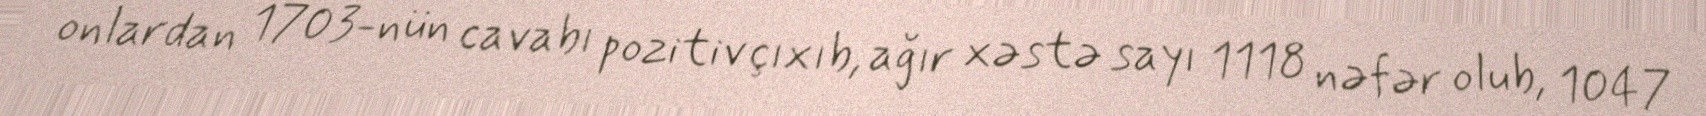
onlardan 1703-nün cavabı pozitiv çıxıb, ağır xəstə sayı 1118 nəfər olub, 1047